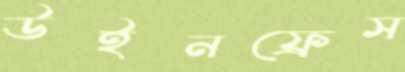
উইনফ্রেস